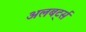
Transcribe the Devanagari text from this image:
अलबर्ट्स